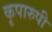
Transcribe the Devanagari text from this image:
कृपारुपी